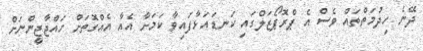
ދޭނެ ހިދުމަތްތައް ވެސް އެ ޕްރޮޕޯޒަލްގައި ކަނޑައަޅާފައިވާ ކަމަށާ އެއާ އެއްގޮތަށް ހައްޖާޖީންނަށް